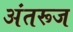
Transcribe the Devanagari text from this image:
अंतरूज